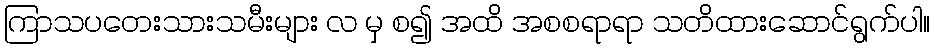
ကြာသပတေးသားသမီးများ လ မှ စ၍ အထိ အစစရာရာ သတိထားဆောင်ရွက်ပါ။